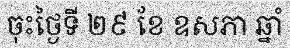
ចុះថ្ងៃទី ២៩ ខែ ឧសភា ឆ្នាំ